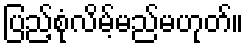
ပြည့်စုံလိမ့်မည်မဟုတ်။